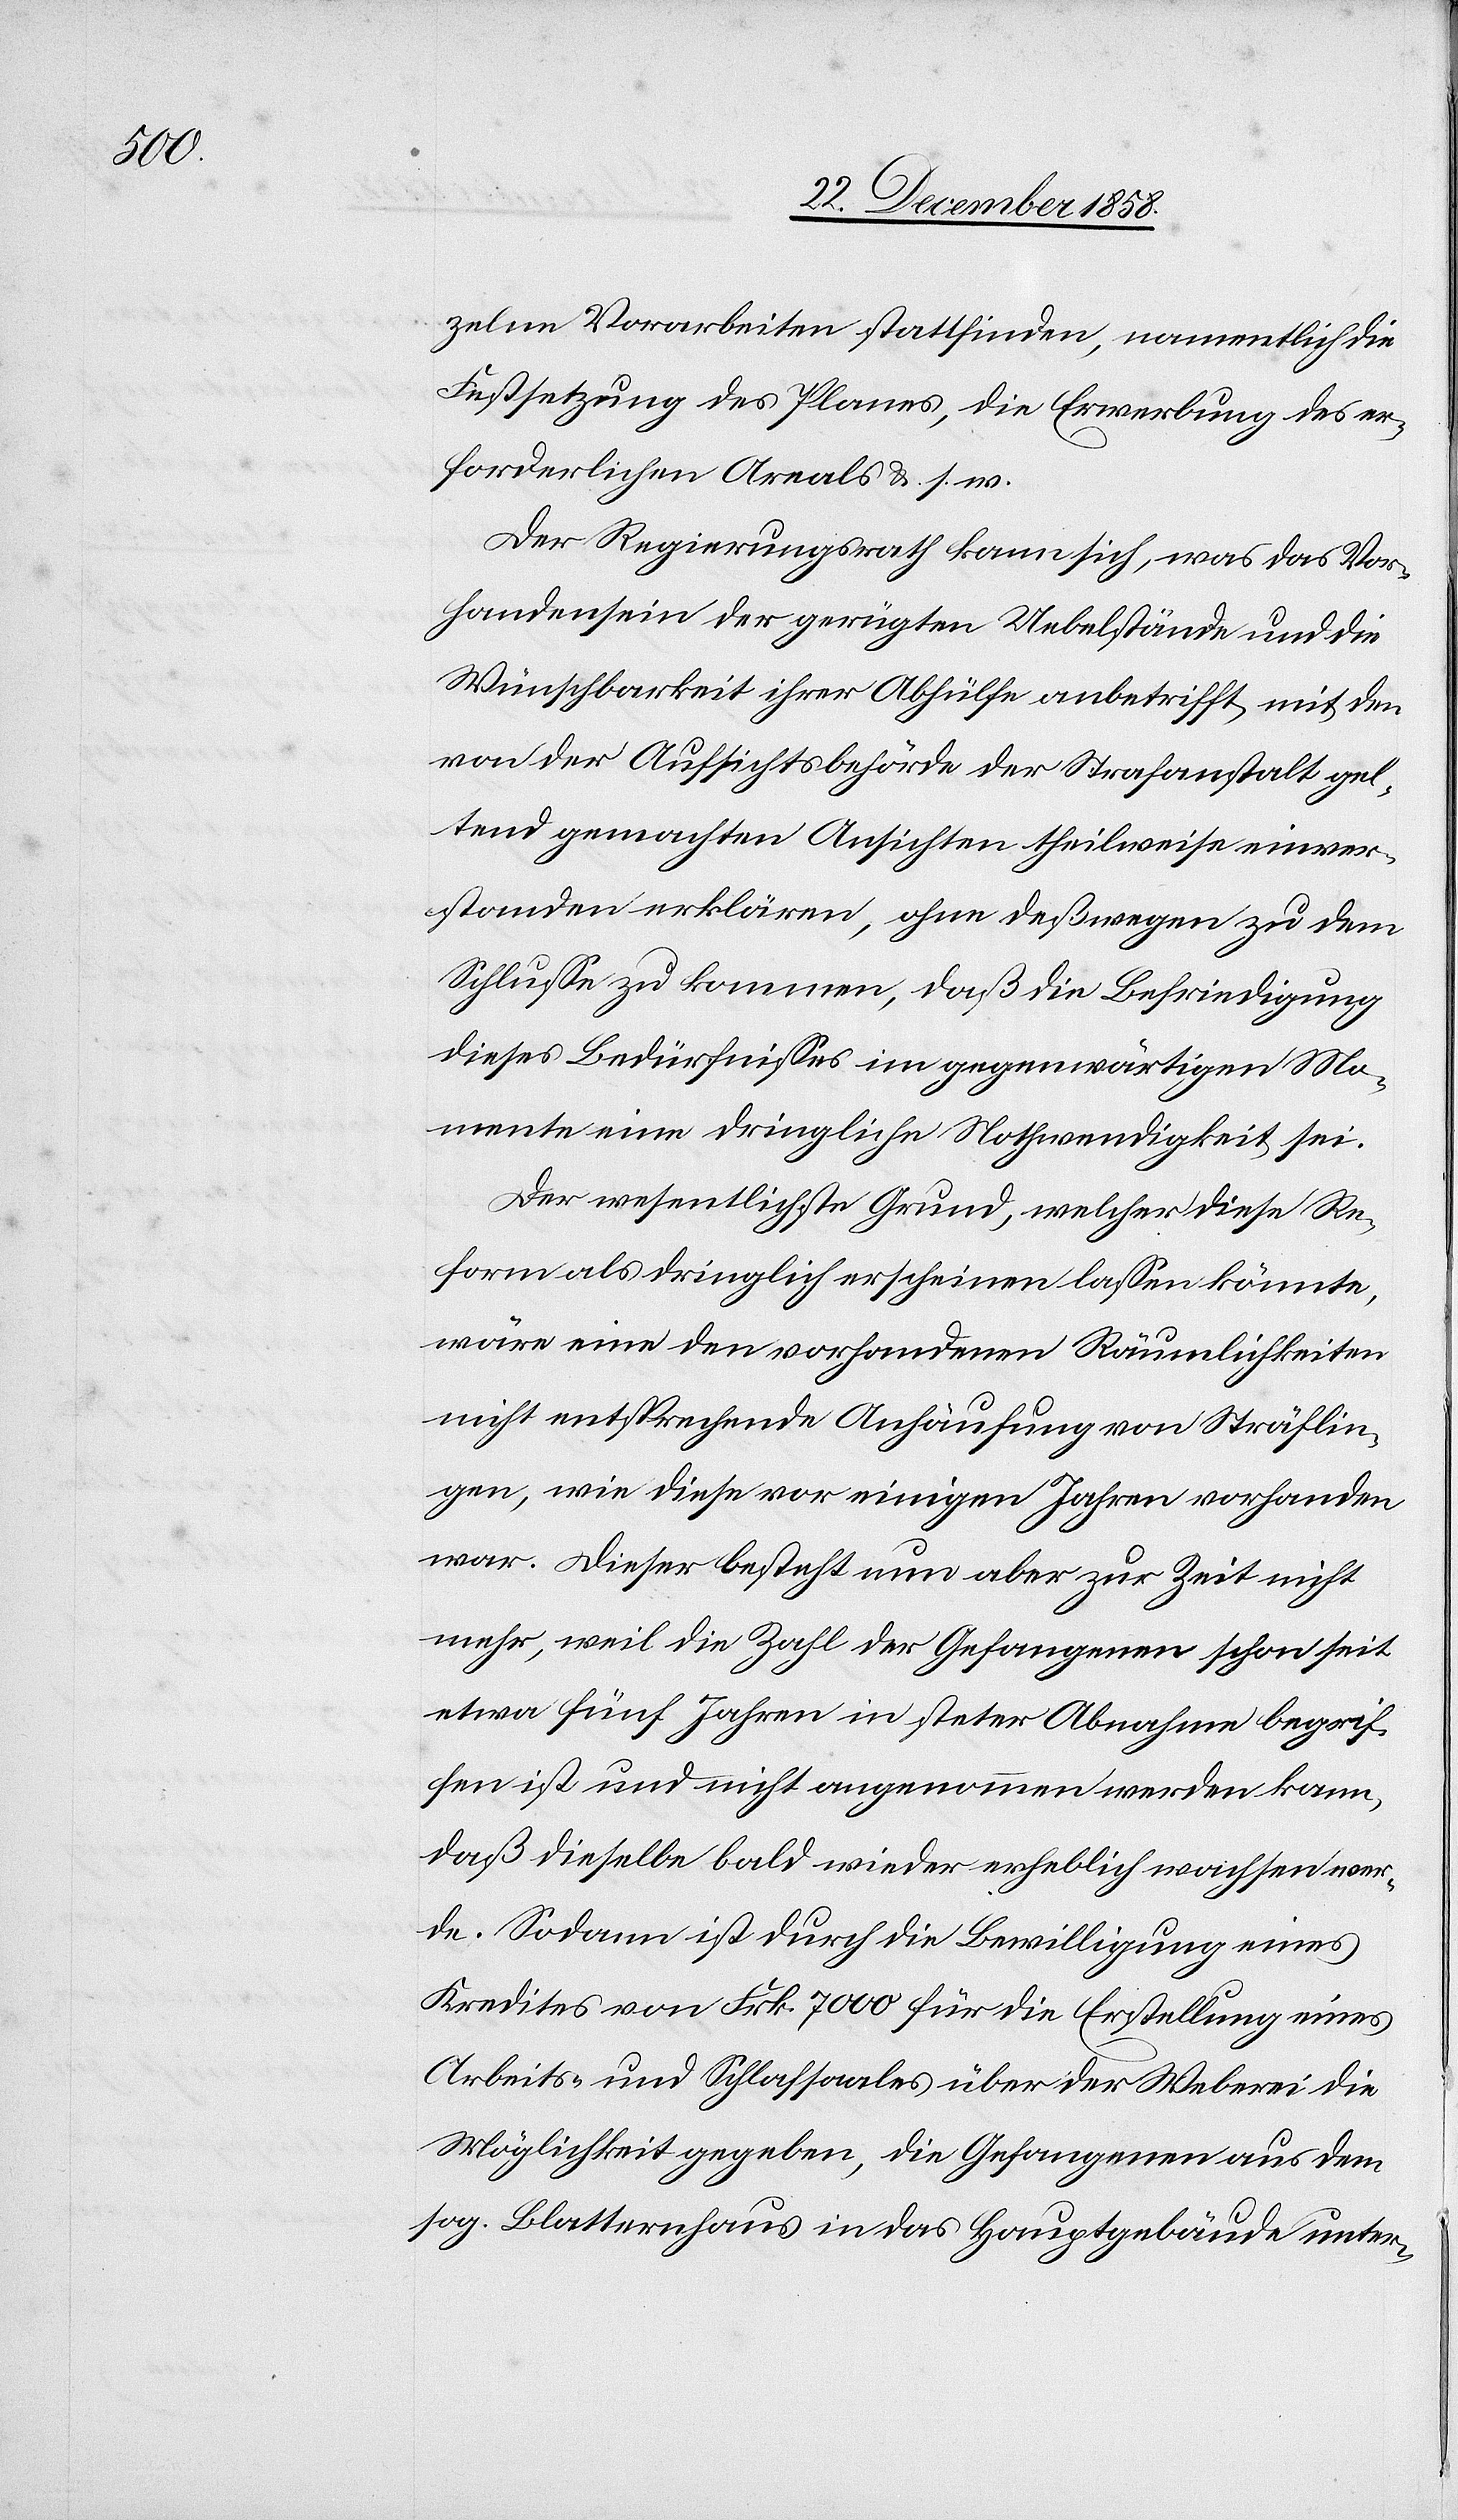
zelne Vorarbeiten stattfinden, namentlich die
Festsetzung des Planes, die Erwerbung des er¬
forderlichen Areals &. s. w.
Der Regierungsrath kann sich, was das Vor¬
handensein der gerügten Uebelstände und die
Wünschbarkeit ihrer Abhülfe anbetrifft, mit den
von der Aufsichtsbehörde der Strafanstalt gel¬
tend gemachten Ansichten theilweise einver¬
standen erklären, ohne deßwegen zu dem
Schlusse zu kommen, daß die Befriedigung
dieses Bedürfnisses im gegenwärtigen Mo¬
mente eine dringliche Nothwendigkeit sei.
Der wesentlichste Grund, welcher diese Re¬
form als dringlich erscheinen lassen könnte,
wäre eine den vorhandenen Räumlichkeiten
nicht entsprechende Anhäufung von Sträflin¬
gen, wie diese vor einigen Jahren vorhanden
war. Dieser besteht nun aber zur Zeit nicht
mehr, weil die Zahl der Gefangenen schon seit
etwa fünf Jahren in steter Abnahme begrif¬
fen ist und nicht angenommen werden kann,
daß dieselbe bald wieder erheblich wachsen wer¬
de. Sodann ist durch die Bewilligung eines
Kredites von Frk. 7000 für die Erstellung eines
Arbeits- und Schlafsaales über der Weberei die
Möglichkeit gegeben, die Gefangenen aus dem
sog. Blatternhaus in das Hauptgebäude unter-